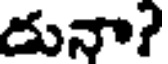
దునా?